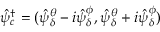
\hat { \psi } _ { c } ^ { \dagger } = ( \hat { \psi } _ { \delta } ^ { \theta } - i \hat { \psi } _ { \delta } ^ { \phi } , \hat { \psi } _ { \delta } ^ { \theta } + i \hat { \psi } _ { \delta } ^ { \phi } )